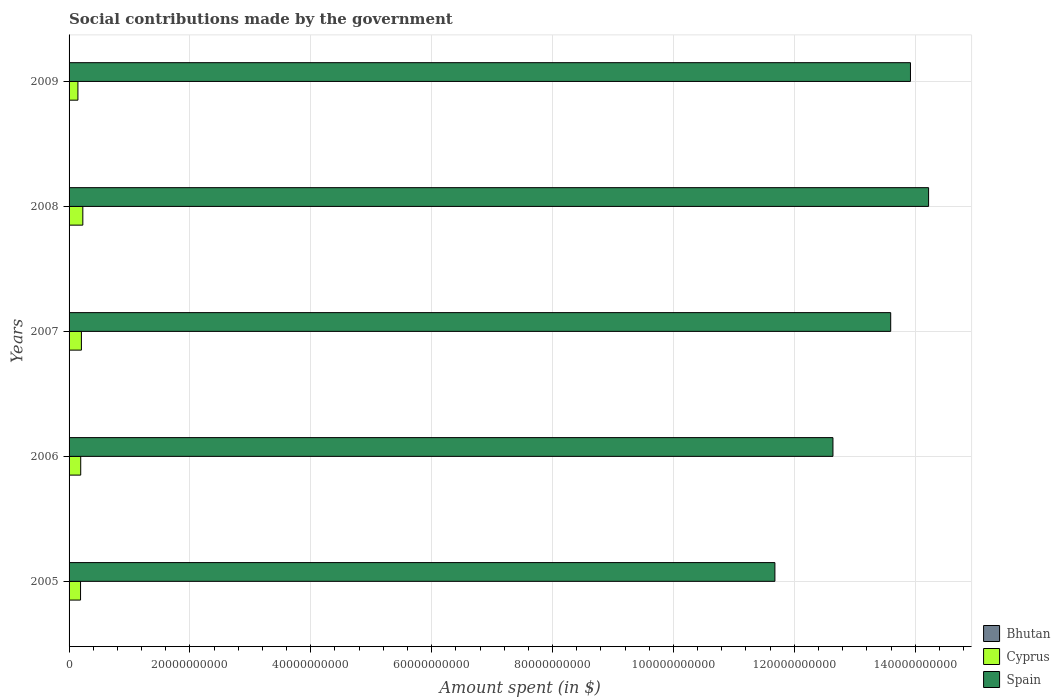
| Years | Bhutan | Cyprus | Spain |
 | --- | --- | --- | --- |
 | 2005 | 3.6e+07 | 1.9e+09 | 1.17e+11 |
 | 2006 | 4.41e+07 | 1.93e+09 | 1.26e+11 |
 | 2007 | 4.94e+07 | 2.04e+09 | 1.36e+11 |
 | 2008 | 5.82e+07 | 2.28e+09 | 1.42e+11 |
 | 2009 | 7.13e+07 | 1.46e+09 | 1.39e+11 |